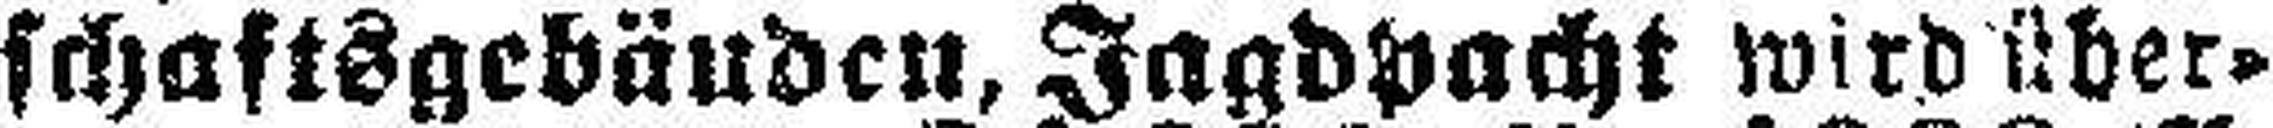
schaftsgebäuden, Jagdpacht wird über¬